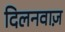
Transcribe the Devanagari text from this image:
दिलनवाज़